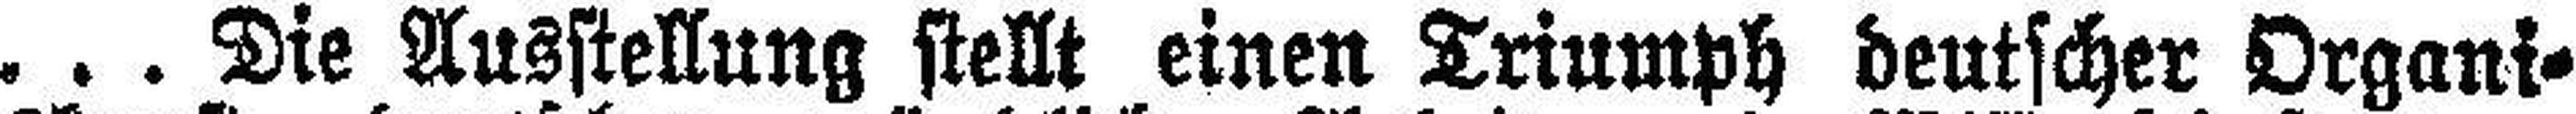
... Die Ausstellung stellt einen Triumph deutscher Organi¬